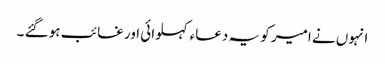
انہوں نے امیر کو یہ دعاء کہلوائی اور غائب ہو گئے ۔